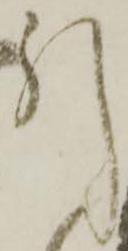
引